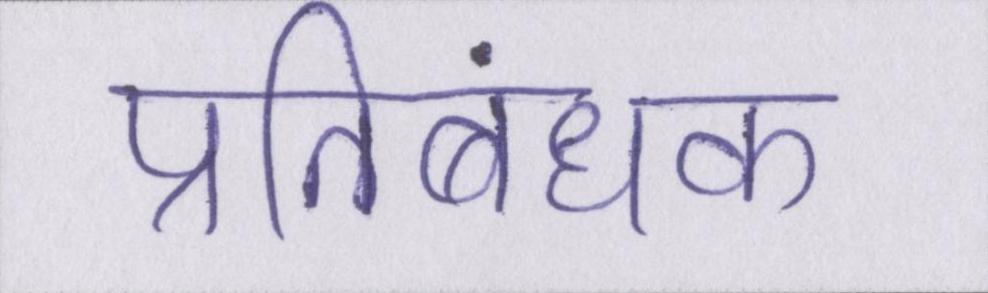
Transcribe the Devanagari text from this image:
प्रतिबंधक